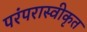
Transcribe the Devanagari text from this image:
परंपरास्वीकृत